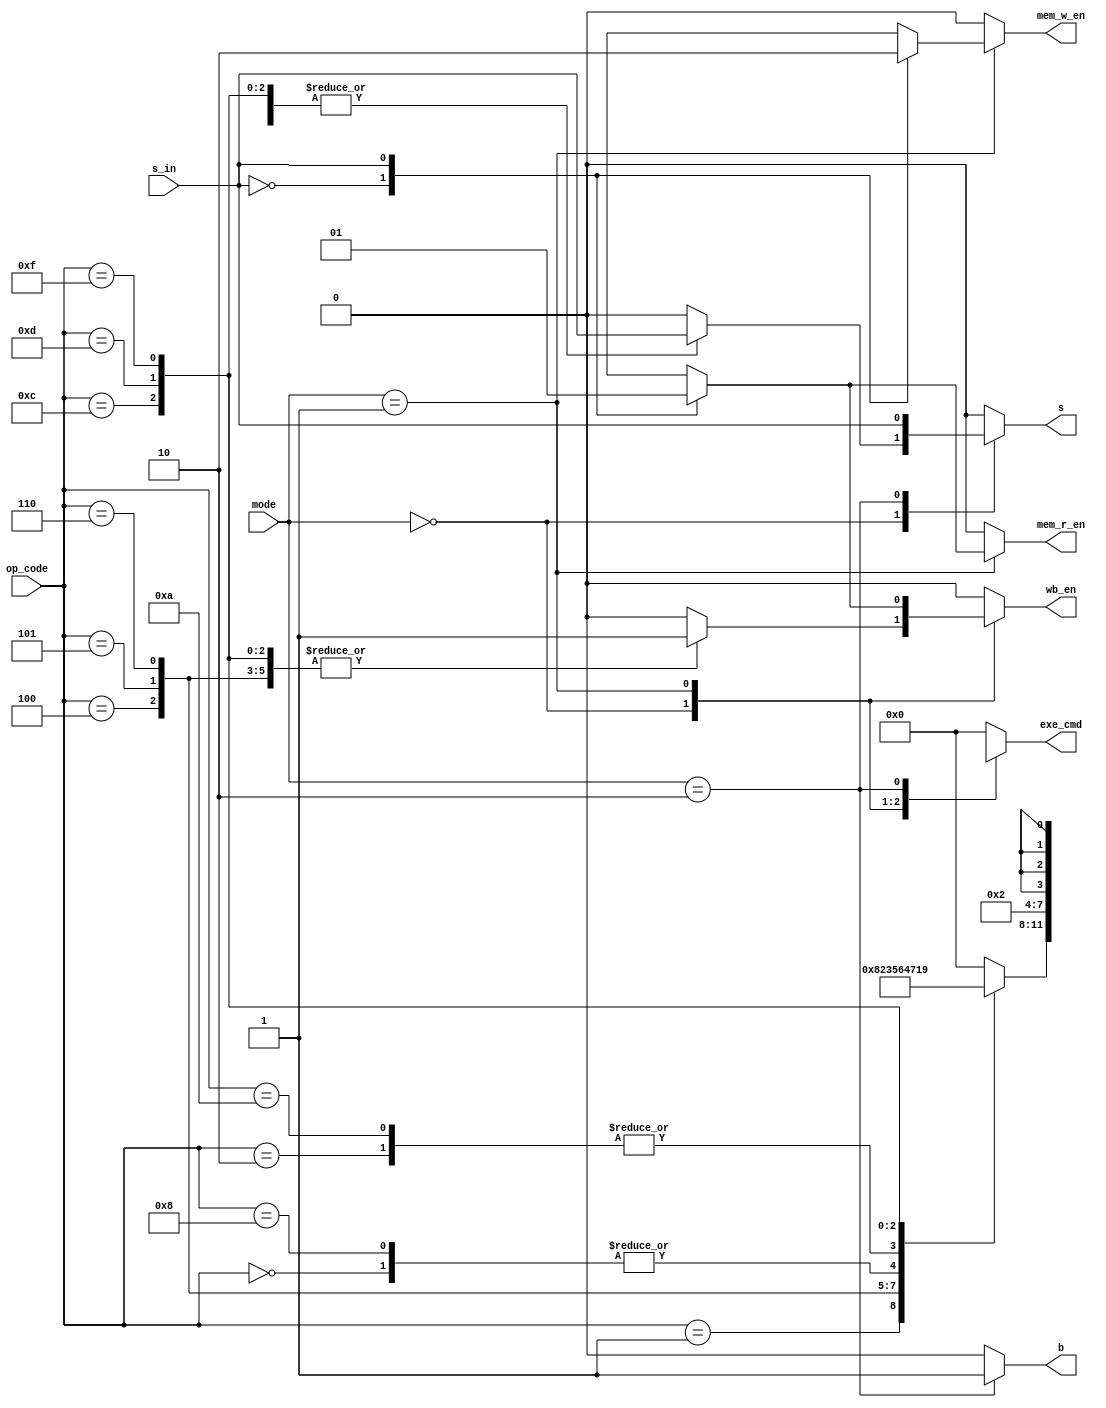
module ControlUnit (input [1:0]mode, input [3:0]op_code, input s_in,
  output reg [3:0] exe_cmd, output reg mem_r_en, mem_w_en, wb_en, s, b);
  
  always @ (op_code, mode, s_in) begin
    mem_w_en = 1'b0; mem_r_en = 1'b0; exe_cmd = 4'b0000; wb_en = 1'b0; s = 1'b0; b = 1'b0;
    case (mode)
      2'b00: begin
        case (op_code)
          4'b0000: begin exe_cmd = 4'b0110; wb_en = 1'b1; s = s_in; end
          4'b0001: begin exe_cmd = 4'b1000; wb_en = 1'b1; s = s_in; end
          4'b0010: begin exe_cmd = 4'b0100; wb_en = 1'b1; s = s_in; end
          4'b0100: begin exe_cmd = 4'b0010; wb_en = 1'b1; s = s_in; end
          4'b0101: begin exe_cmd = 4'b0011; wb_en = 1'b1; s = s_in; end
          4'b0110: begin exe_cmd = 4'b0101; wb_en = 1'b1; s = s_in; end
          4'b1000: begin exe_cmd = 4'b0110; s = s_in; end
          4'b1010: begin exe_cmd = 4'b0100; s = s_in; end
          4'b1100: begin exe_cmd = 4'b0111; wb_en = 1'b1; s = s_in; end
          4'b1101: begin exe_cmd = 4'b0001; wb_en = 1'b1; s = s_in; end
          4'b1111: begin exe_cmd = 4'b1001; wb_en = 1'b1; s = s_in; end
        endcase
      end
      2'b01: begin
        case (s_in)
          1'b0: begin exe_cmd = 4'b0010; mem_w_en = 1'b1; end
          1'b1: begin exe_cmd = 4'b0010; wb_en = 1'b1; mem_r_en = 1'b1; end
        endcase
      end
      2'b10: begin exe_cmd = 4'bxxxx; s = s_in; b = 1'b1; end
    endcase
  end

endmodule